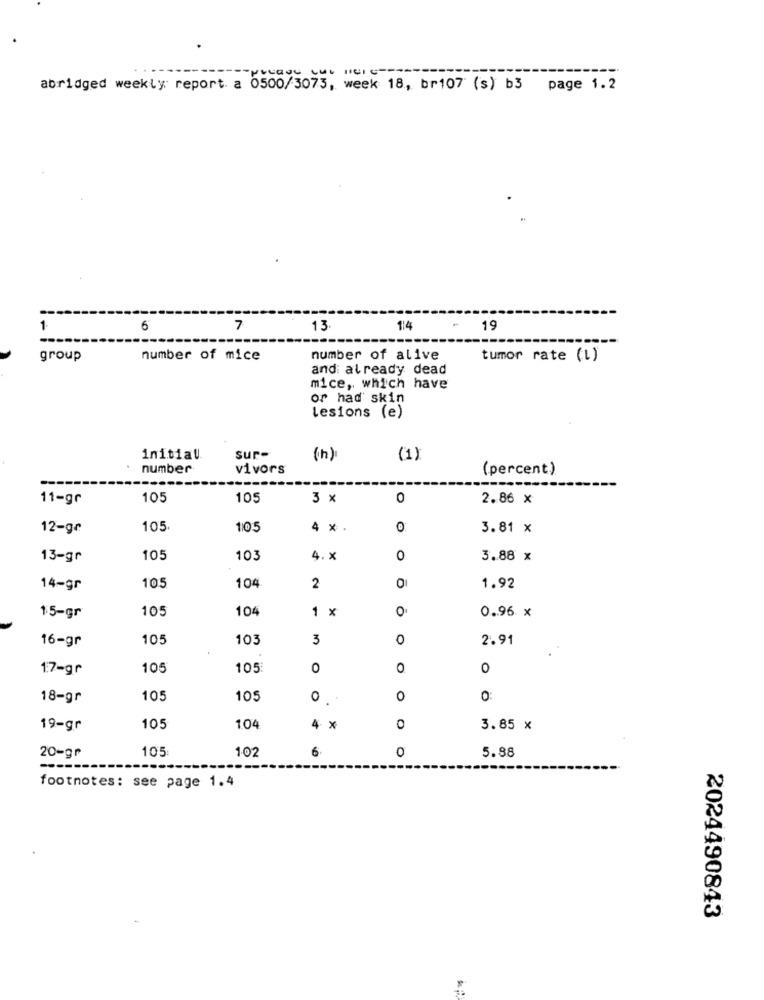
abridged weekly report. a 0500/3075, week 18, br107 (s) b3 page 1.2
1
6
7
13
114
19
group
number of mice
number of alive
tumor rate (1)
and: already dead
mice, which have
or had skin
Lesions (e)
sur-
initial
(h)
(1)
number
vivors
(percent)
11-gr
105
105
3 x
0
2.86 X
12-ge
105
105
4
x
O
3.81 x
13-gr
105
103
4.x
0
3.88 x
14-gr
105
104
2
1.92
105
104
1
x
O
15-gr
0.96 x
16-gr
105
103
3
0
2.91
17-gr
105
105
O
0
O
18-gr
105
105
0
O
0
19-gr
105
104
4
X
0
3.85 x
105
102
6
5.88
20-gr
0
footnotes: see page 1.4
2024490843